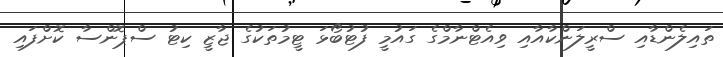
ތައިލެންޑާއި ސްރީލަންކާއާއި ވިއެޓްނާމްގެ ގައުމީ ފުޓުބޯޅަ ޓީމުތަކުގެ ޖާޒީ ކިޓު ސްޕޮންސާ ކޮށްފައި